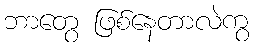
ဘာတွေ ဖြစ်နေတာလဲကွ